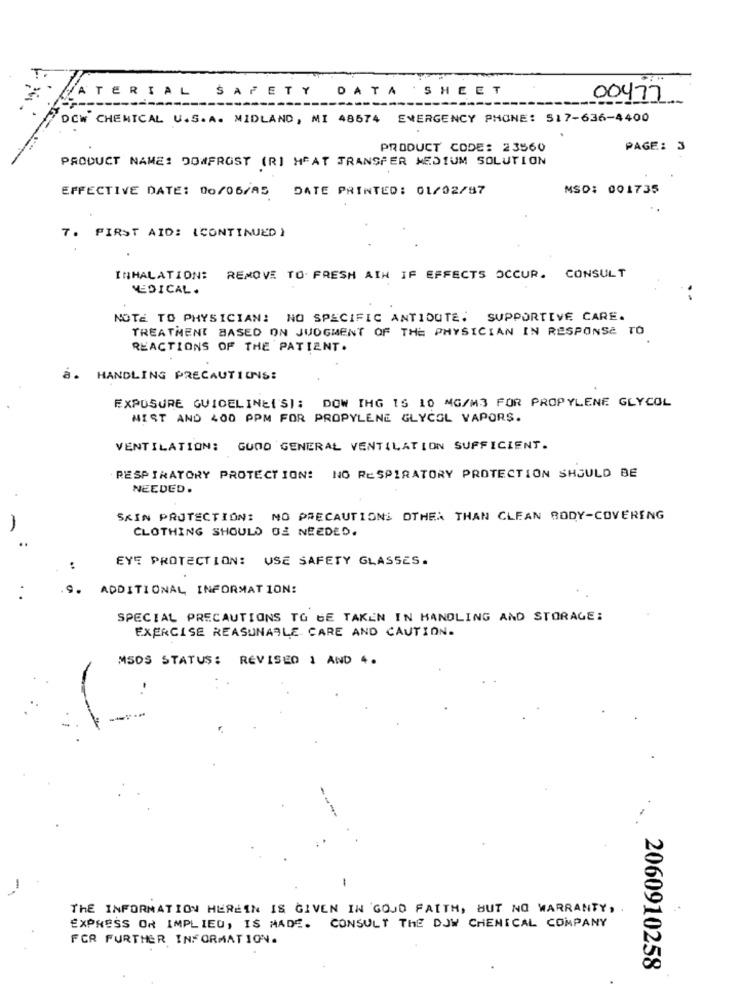
ATERIAL SAFETY DATA SHEET
00477
DOW CHEMICAL U.S. A. MIDLAND, MI 48574 EMERGENCY PHONE: 517-636-4400
PRODUCT CODE: 23560
PAGE: 3
PRODUCT NAME: DOWFROST (R) HEAT TRANSFER MEDIUM SOLUTION
EFFECTIVE DATE: 00/06/AS DATE PRINTED: 01/02/87
MSD: 001735
7. FIRST AID: (CONTINUED )
INHALATION:
REMOVE TO FRESH AIR IF EFFECTS OCCUR. CONSULT
MEDICAL.
NOTE TO PHYSICIAN: NO SPECIFIC ANTIDUTE. SUPPORTIVE CARE.
TREATMENT BASED ON JUDGMENT OF THE PHYSICIAN IN RESPONSE TO
REACTIONS OF THE PATIENT.
a. HANDLING PRECAUTIONS:
EXPOSURE GUIDELINE(S): DOW ING 15 10 MG/M3 FOR PROPYLENE GLYCOL
MIST AND 400 PPM FOR PROPYLENE GLYCOL VAPORS.
VENTILATION: GUDO GENERAL VENTILATION SUFFICIENT.
RESPIRATORY PROTECTION! NO RESPIRATORY PROTECTION SHOULD BE
NEEDED .
SKIN PROTECTION: NO PRECAUTIONS OTHER THAN CLEAN BODY-COVERENG
CLOTHING SHOULD BE NEEDED.
EYE PROTECTION: USE SAFETY GLASSES.
9.
ADDITIONAL INFORMATION:
SPECIAL PRECAUTIONS TO BE TAKEN IN HANDLING AND STORAGE:
EXERCISE REASUNABLE CARE AND CAUTION.
MSDS STATUS: REVISED 1 AND 4.
-
THE INFORMATION HEREIN IS GIVEN IN GOUD FAITH, BUT NO WARRANTY,
EXPRESS OR IMPLIED, IS MADE. CONSULT THE DOW CHEMICAL COMPANY
FOR FURTHER INFORMATION.
2060910258